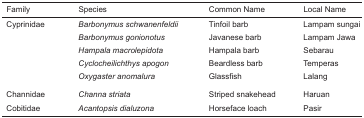
<table><thead><tr><td><b>Family</b></td><td><b>Species</b></td><td><b>Common Name</b></td><td><b>Local Name</b></td></tr></thead><tbody><tr><td>Cyprinidae</td><td><i>Barbonymus schwanenfeldii</i></td><td>Tinfoil barb</td><td>Lampam sungai</td></tr><tr><td></td><td><i>Barbonymus gonionotus</i></td><td>Javanese barb</td><td>Lampam Jawa</td></tr><tr><td></td><td><i>Hampala macrolepidota</i></td><td>Hampala barb</td><td>Sebarau</td></tr><tr><td></td><td><i>Cyclocheilichthys apogon</i></td><td>Beardless barb</td><td>Temperas</td></tr><tr><td></td><td><i>Oxygaster anomalura</i></td><td>Glassfish</td><td>Lalang</td></tr><tr><td>Channidae</td><td><i>Channa striata</i></td><td>Striped snakehead</td><td>Haruan</td></tr><tr><td>Cobitidae</td><td><i>Acantopsis dialuzona</i></td><td>Horseface loach</td><td>Pasir</td></tr></tbody></table>